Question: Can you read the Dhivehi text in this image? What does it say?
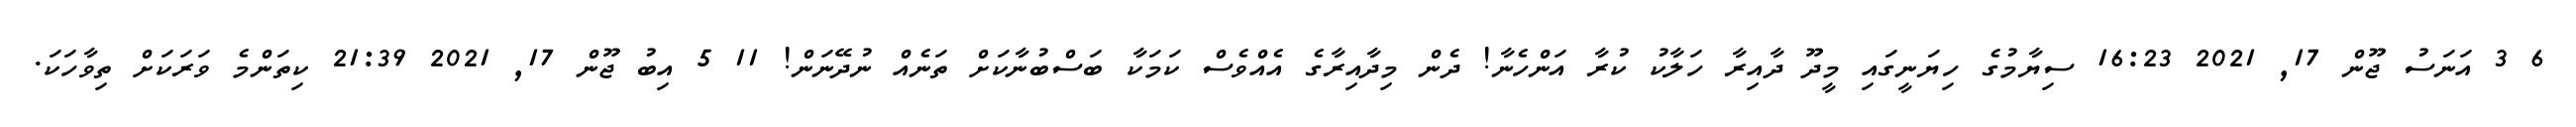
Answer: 6 3 އަނަސު ޖޫން 17, 2021 16:23 ސިޔާމުގެ ހިޔަނީގައި މީދޫ ދާއިރާ ހަލާކު ކުރާ އަންހެނާ! ދެން މިދާއިރާގެ އެއްވެސް ކަމަކާ ބަސްބުނާކަށް ތަނެއް ނުދޭނަން! 11 5 އިބު ޖޫން 17, 2021 21:39 ކިތަންމެ ވަރަކަށް ތިވާހަކަ.